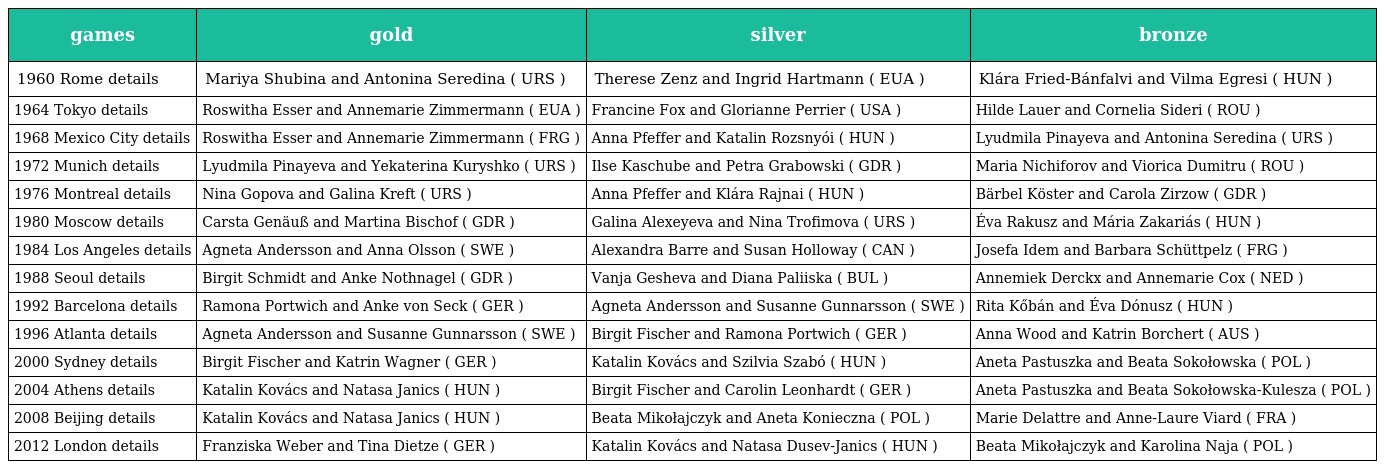
| games | gold | silver | bronze |
 | --- | --- | --- | --- |
 | 1960 Rome details | Mariya Shubina and Antonina Seredina ( URS ) | Therese Zenz and Ingrid Hartmann ( EUA ) | Klára Fried-Bánfalvi and Vilma Egresi ( HUN ) |
 | 1964 Tokyo details | Roswitha Esser and Annemarie Zimmermann ( EUA ) | Francine Fox and Glorianne Perrier ( USA ) | Hilde Lauer and Cornelia Sideri ( ROU ) |
 | 1968 Mexico City details | Roswitha Esser and Annemarie Zimmermann ( FRG ) | Anna Pfeffer and Katalin Rozsnyói ( HUN ) | Lyudmila Pinayeva and Antonina Seredina ( URS ) |
 | 1972 Munich details | Lyudmila Pinayeva and Yekaterina Kuryshko ( URS ) | Ilse Kaschube and Petra Grabowski ( GDR ) | Maria Nichiforov and Viorica Dumitru ( ROU ) |
 | 1976 Montreal details | Nina Gopova and Galina Kreft ( URS ) | Anna Pfeffer and Klára Rajnai ( HUN ) | Bärbel Köster and Carola Zirzow ( GDR ) |
 | 1980 Moscow details | Carsta Genäuß and Martina Bischof ( GDR ) | Galina Alexeyeva and Nina Trofimova ( URS ) | Éva Rakusz and Mária Zakariás ( HUN ) |
 | 1984 Los Angeles details | Agneta Andersson and Anna Olsson ( SWE ) | Alexandra Barre and Susan Holloway ( CAN ) | Josefa Idem and Barbara Schüttpelz ( FRG ) |
 | 1988 Seoul details | Birgit Schmidt and Anke Nothnagel ( GDR ) | Vanja Gesheva and Diana Paliiska ( BUL ) | Annemiek Derckx and Annemarie Cox ( NED ) |
 | 1992 Barcelona details | Ramona Portwich and Anke von Seck ( GER ) | Agneta Andersson and Susanne Gunnarsson ( SWE ) | Rita Kőbán and Éva Dónusz ( HUN ) |
 | 1996 Atlanta details | Agneta Andersson and Susanne Gunnarsson ( SWE ) | Birgit Fischer and Ramona Portwich ( GER ) | Anna Wood and Katrin Borchert ( AUS ) |
 | 2000 Sydney details | Birgit Fischer and Katrin Wagner ( GER ) | Katalin Kovács and Szilvia Szabó ( HUN ) | Aneta Pastuszka and Beata Sokołowska ( POL ) |
 | 2004 Athens details | Katalin Kovács and Natasa Janics ( HUN ) | Birgit Fischer and Carolin Leonhardt ( GER ) | Aneta Pastuszka and Beata Sokołowska-Kulesza ( POL ) |
 | 2008 Beijing details | Katalin Kovács and Natasa Janics ( HUN ) | Beata Mikołajczyk and Aneta Konieczna ( POL ) | Marie Delattre and Anne-Laure Viard ( FRA ) |
 | 2012 London details | Franziska Weber and Tina Dietze ( GER ) | Katalin Kovács and Natasa Dusev-Janics ( HUN ) | Beata Mikołajczyk and Karolina Naja ( POL ) |